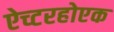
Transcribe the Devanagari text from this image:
ऐच्टरहोएक